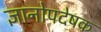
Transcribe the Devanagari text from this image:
ज्ञानोपदेषक